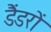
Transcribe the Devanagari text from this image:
डैंडरों